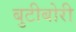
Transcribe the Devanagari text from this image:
बुटीबोरी